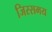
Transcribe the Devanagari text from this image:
जिस्समय